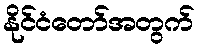
နိုင်ငံတော်အတွက်